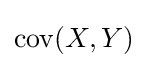
\operatorname {cov} (X,Y)